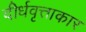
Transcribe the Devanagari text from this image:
दीर्धवृत्ताकार